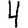
Digit: 4